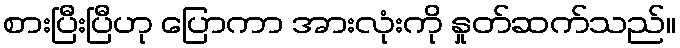
စားပြီးပြီဟု ပြောကာ အားလုံးကို နှုတ်ဆက်သည်။